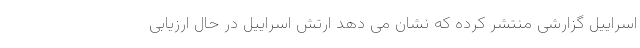
اسراییل گزارشی منتشر کرده که نشان می دهد ارتش اسراییل در حال ارزیابی